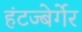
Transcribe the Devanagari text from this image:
हंटज्बेर्गेर